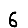
Digit: 6